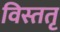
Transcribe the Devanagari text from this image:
विस्ततृ